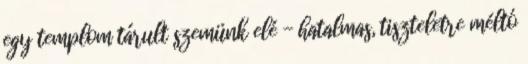
egy templom tárult szemünk elé - hatalmas, tiszteletre méltó